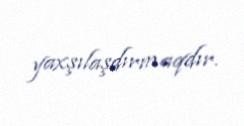
yaxşılaşdırmaqdır.